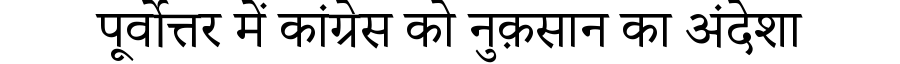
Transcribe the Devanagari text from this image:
पूर्वोत्तर में कांग्रेस को नुक़सान का अंदेशा